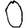
Digit: 0